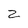
Character: z